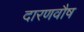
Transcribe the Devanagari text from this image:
दारणवौष